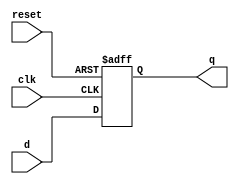
module parameterized_register #(
    parameter N = 8  // Default width of the register
) (
    input wire clk,         // Clock signal
    input wire reset,       // Asynchronous reset signal
    input wire [N-1:0] d,   // N-bit wide input data
    output reg [N-1:0] q    // N-bit wide output
);

    // Always block to handle the register behavior
    always @(posedge clk or posedge reset) begin
        if (reset) begin
            q <= {N{1'b0}}; // Clear the register to 0
        end else begin
            q <= d; // Capture the input data
        end
    end

endmodule